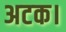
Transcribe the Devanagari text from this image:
अटक।